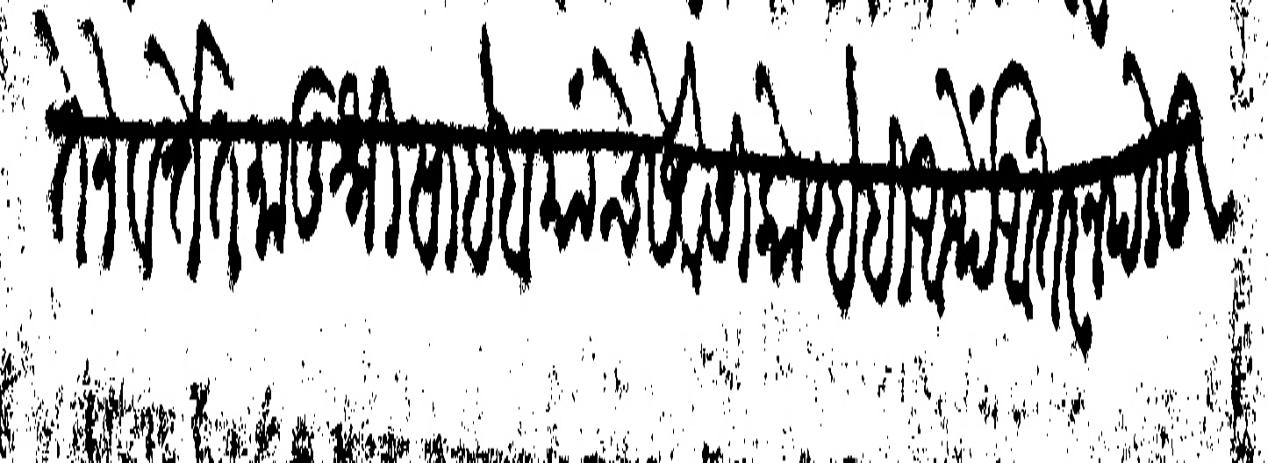
Transliteration (Devanagari): तेने वर्त्तेत मातूश्रीसाहेब यांचे सेवेसी कोण्हेही आर्थे अंतर न पडे तू